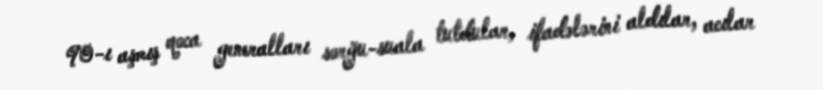
90-ı aşmış qoca generalları sorğu-suala tutdular, ifadələrini aldılar, acılar